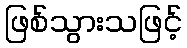
ဖြစ်သွားသဖြင့်